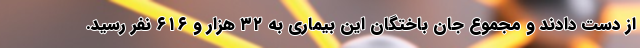
از دست دادند و مجموع جان باختگان این بیماری به ۳۲ هزار و ۶۱۶ نفر رسید.